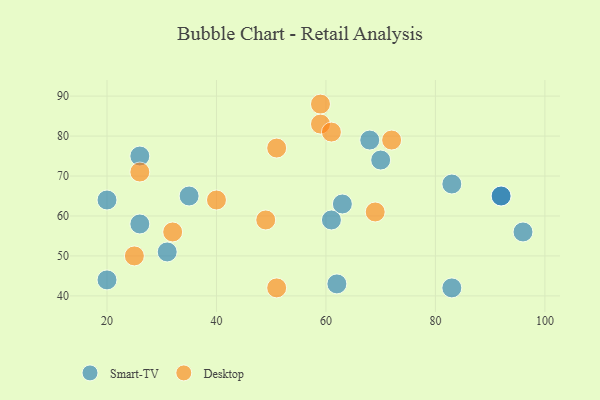
{"axis": {"x": "GDP", "y": "Life Expectancy"}, "legend": ["Desktop", "Smart-TV"], "data": [{"x": "61", "y": 59, "type": "Smart-TV"}, {"x": "83", "y": 42, "type": "Smart-TV"}, {"x": "96", "y": 56, "type": "Smart-TV"}, {"x": "20", "y": 44, "type": "Smart-TV"}, {"x": "83", "y": 68, "type": "Smart-TV"}, {"x": "63", "y": 63, "type": "Smart-TV"}, {"x": "92", "y": 65, "type": "Smart-TV"}, {"x": "35", "y": 65, "type": "Smart-TV"}, {"x": "92", "y": 65, "type": "Smart-TV"}, {"x": "62", "y": 43, "type": "Smart-TV"}, {"x": "31", "y": 51, "type": "Smart-TV"}, {"x": "68", "y": 79, "type": "Smart-TV"}, {"x": "20", "y": 64, "type": "Smart-TV"}, {"x": "70", "y": 74, "type": "Smart-TV"}, {"x": "26", "y": 75, "type": "Smart-TV"}, {"x": "26", "y": 58, "type": "Smart-TV"}, {"x": "51", "y": 77, "type": "Desktop"}, {"x": "40", "y": 64, "type": "Desktop"}, {"x": "72", "y": 79, "type": "Desktop"}, {"x": "59", "y": 88, "type": "Desktop"}, {"x": "51", "y": 42, "type": "Desktop"}, {"x": "49", "y": 59, "type": "Desktop"}, {"x": "32", "y": 56, "type": "Desktop"}, {"x": "59", "y": 83, "type": "Desktop"}, {"x": "69", "y": 61, "type": "Desktop"}, {"x": "61", "y": 81, "type": "Desktop"}, {"x": "25", "y": 50, "type": "Desktop"}, {"x": "26", "y": 71, "type": "Desktop"}]}